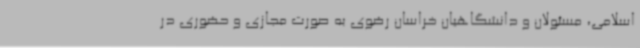
اسلامی‌، مسئولان و دانشگاهیان خراسان رضوی به صورت مجازی و حضوری در